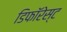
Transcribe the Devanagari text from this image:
डिफॉरेस्ट